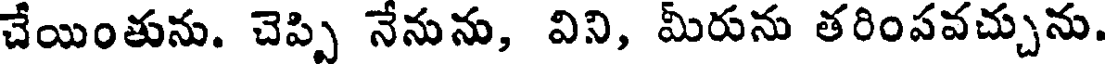
చేయింతును. చెప్పి నేనును, విని, మీరును తరింపవచ్చును.